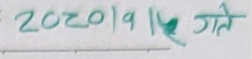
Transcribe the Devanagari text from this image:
२०२०। १।५ गते